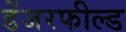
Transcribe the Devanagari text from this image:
डेंजरफील्ड